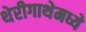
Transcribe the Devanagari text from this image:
थेरीगाथेमध्ये